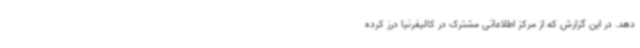
دهد. در این گزارش که از مرکز اطلاعاتی مشترک در کالیفرنیا درز کرده